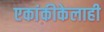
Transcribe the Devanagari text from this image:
एकांकीकेलाही